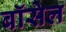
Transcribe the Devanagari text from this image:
बॉसेल